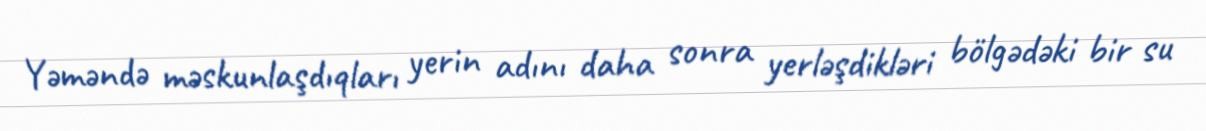
Yəməndə məskunlaşdıqları yerin adını daha sonra yerləşdikləri bölgədəki bir su